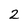
Character: 2